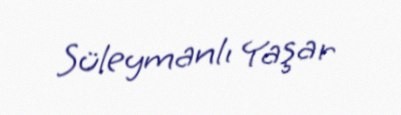
Süleymanlı Yaşar